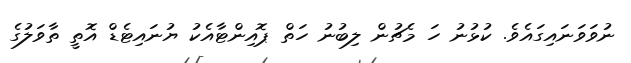
ނުވަވަނައިގައެވެ. ކުޅުނު ހަ މެޗުން ލިބުނު ހަތް ޕޮއިންޓާއެކު ޔުނައިޓެޑް އޮތީ ތާވަލުގެ